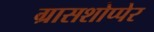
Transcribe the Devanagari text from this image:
ग्रासशोप्पेर